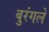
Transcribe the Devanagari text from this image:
बुरंगले